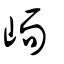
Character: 峏